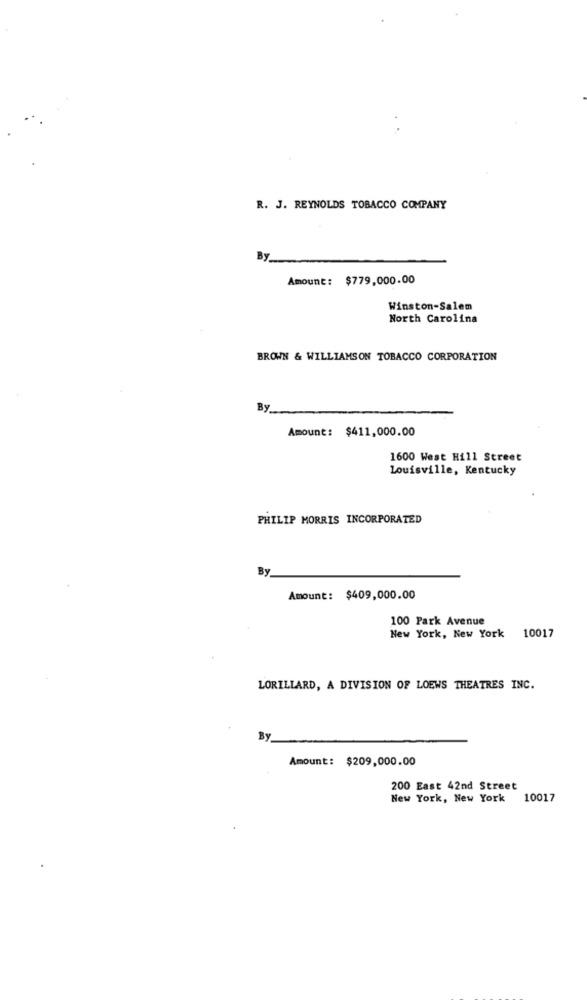
R. J. REYNOLDS TOBACCO COMPANY
By
Amount: $779,000.00
Winston-Salem
North Carolina
BROWN & WILLIAMSON TOBACCO CORPORATION
By
Amount: $411,000.00
1600 West Hill Street
Louisville, Kentucky
PHILIP MORRIS INCORPORATED
By
Amount: $409,000.00
100 Park Avenue
New York, New York 10017
LORILLARD, A DIVISION OF LOEWS THEATRES INC.
By
Amount: $209,000.00
200 East 42nd Street
New York, New York
10017